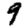
Digit: 9